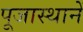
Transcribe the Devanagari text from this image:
पूजास्थानें